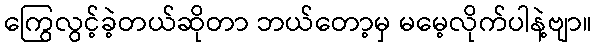
ကြွေလွင့်ခဲ့တယ်ဆိုတာ ဘယ်တော့မှ မမေ့လိုက်ပါနဲ့ဗျာ။